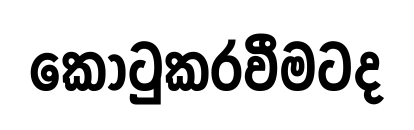
කොටුකරවීමටද